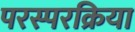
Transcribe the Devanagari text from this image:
परस्परक्रिया